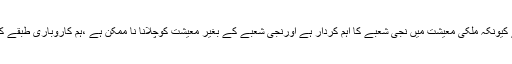
انہوں نے کہا کہ کاروباری برادری کو یورپی ممالک کیساتھ تجارت بڑھانے کیلئے مراعات لے کر دیں گے کیونکہ ملکی معیشت میں نجی شعبے کا اہم کردار ہے اورنجی شعبے کے بغیر معیشت کوچلانا نا ممکن ہے ،ہم کاروباری طبقے کے ساتھ بہترین ورکنگ ریلیشن شپ قائم رکھنا چاہتے ہیں اور اسکے لئے ہر ممکنہ اقدامات اٹھائے گئے ہیں۔